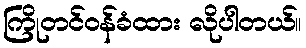
ကြိုတင်ဝန်ခံထား လိုပါတယ်။